Report on lock hospitals in British Burma
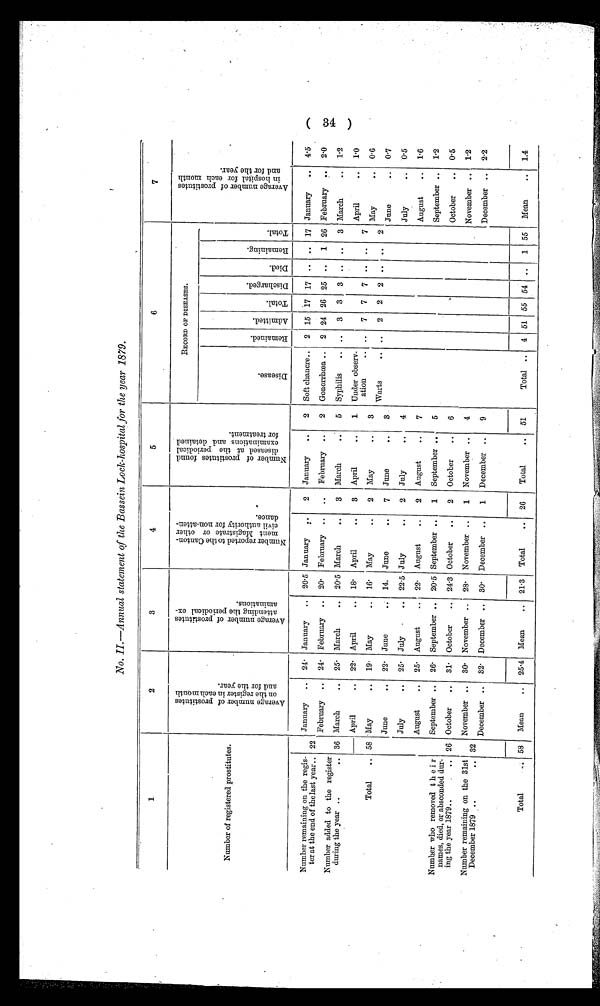
No. II.—Annual statement of the Bassein Lock-hospital for the year 1879.
1
2
3
4
5
6
7
Number of registered prostitutes.
A v e r a g e n u m b e r o f p r o s t i t u t e s o n t h e r e g i s t e r i n e a c h m o n t h a n d f o r t h e y e a r .
A v e r a g e n u m b e r o f p r o s t i t u t e s a t t e n d i n g t h e p e r i o d i c a l e x - a m i n a t i o n s .
N u m b e r r e p o r t e d t o t h e c a n t o n - m e n t M a g i s t r a t e o r o t h e r c i v i l a u t h o r t y f o r n o n - a t t a n d a n c e .
N u m b e r o f p r o s t i t u t e s f o u n d d i s e a s e d a t t h e p e r i o d i c a l e x a m i n a t i o n s a n d d e t a i n e d f o r t r e a t m e n t .
RECORD OF DISEASES.
A v e r a g e n u m b e r o f p r o t i t u t e s i n h o s p i t a l f o r e a c h m o n t h a n d f o r t h e y e a r .
D i s e a s e .
R e m a i n e d .
A d m i t t e d .
Tot al .
D i s c h a r g e d .
D i e d .
R e m a i n i n g .
T o t a l .
Number remaining on the regis-
ter at the end of the last year.. 22
January
..
24. January
..
20 . 5 January
. .
2
January
..
2
Soft chancre..
2 15 17 17
17 January
..
4.5
February
..
24. February ..
20. February ..
..
February ..
2
Gonorrhœa ..
2 24 26 25 ..
1 26 February
2.0
Number added to the register
dining the year ..
.. 36 March
..
25. March
..
20 . 5 March
..
3 March
. .
5
Syphilis
. . ..
3
3
3 .. ..
3 March
..
1.2
Total
.. 58
April
..
22. April
..
18. April
..
3
April
..
1 Under observ-
atiou
.. ..
7
7
7 .. ..
7
April
..
1 . 0
May
..
19. May
..
16. May
..
2
May
..
3
Warts
..
..
2
2
2 .. ..
2
May
..
0.6
June
..
22. June
14. June
..
7
June
..
3
June
..
0.7
July
..
25. July
.. 22.5 July
..
2
July
..
4
July
..
0.5
Number who removed t h e i r
names, died, or absconded dur-
ing the year 1879..
..
August
..
25. August
..
22. August
..
2
August
..
7
August
..
1.6
26
September ..
26. September ..
20 . 5 September ..
1
September ..
5
September ..
1.2
October
..
31. October
..
24.3 October
..
2
October
..
6
October
..
0.5
32
November ..
30. November ..
28. November ..
1
November ..
4
November ..
1.2
Number remaining on the 31st I
December 1879
..
December ..
32. December ..
30. December ..
1
December ..
9
December ..
2.2
Total
. . 58
Mean
..
25.4 Mean
..
21.3
Total
..
26
Total
..
51
Total ..
4 51 55 54 ..
1 55
Mean
..
1.4